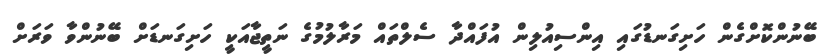
ބޭނުންކޮށްގެން ހަށިގަނޑުގައި އިންސިއުލިން އުފައްދާ ސެލްތައް މަރާލުމުގެ ނަތީޖާއަކީ ހަށިގަނޑަށް ބޭނުންވާ ވަރަށް